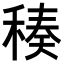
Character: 𥠬